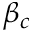
\beta _ { c }